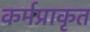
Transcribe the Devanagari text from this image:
कर्मप्राकृत